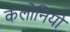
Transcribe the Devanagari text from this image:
कलोनियो